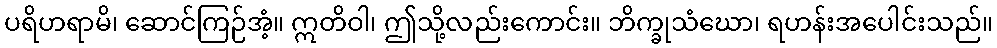
ပရိဟရာမိ၊ ဆောင်ကြဉ်အံ့။ ဣတိဝါ၊ ဤသို့လည်းကောင်း။ ဘိက္ခုသံဃော၊ ရဟန်းအပေါင်းသည်။